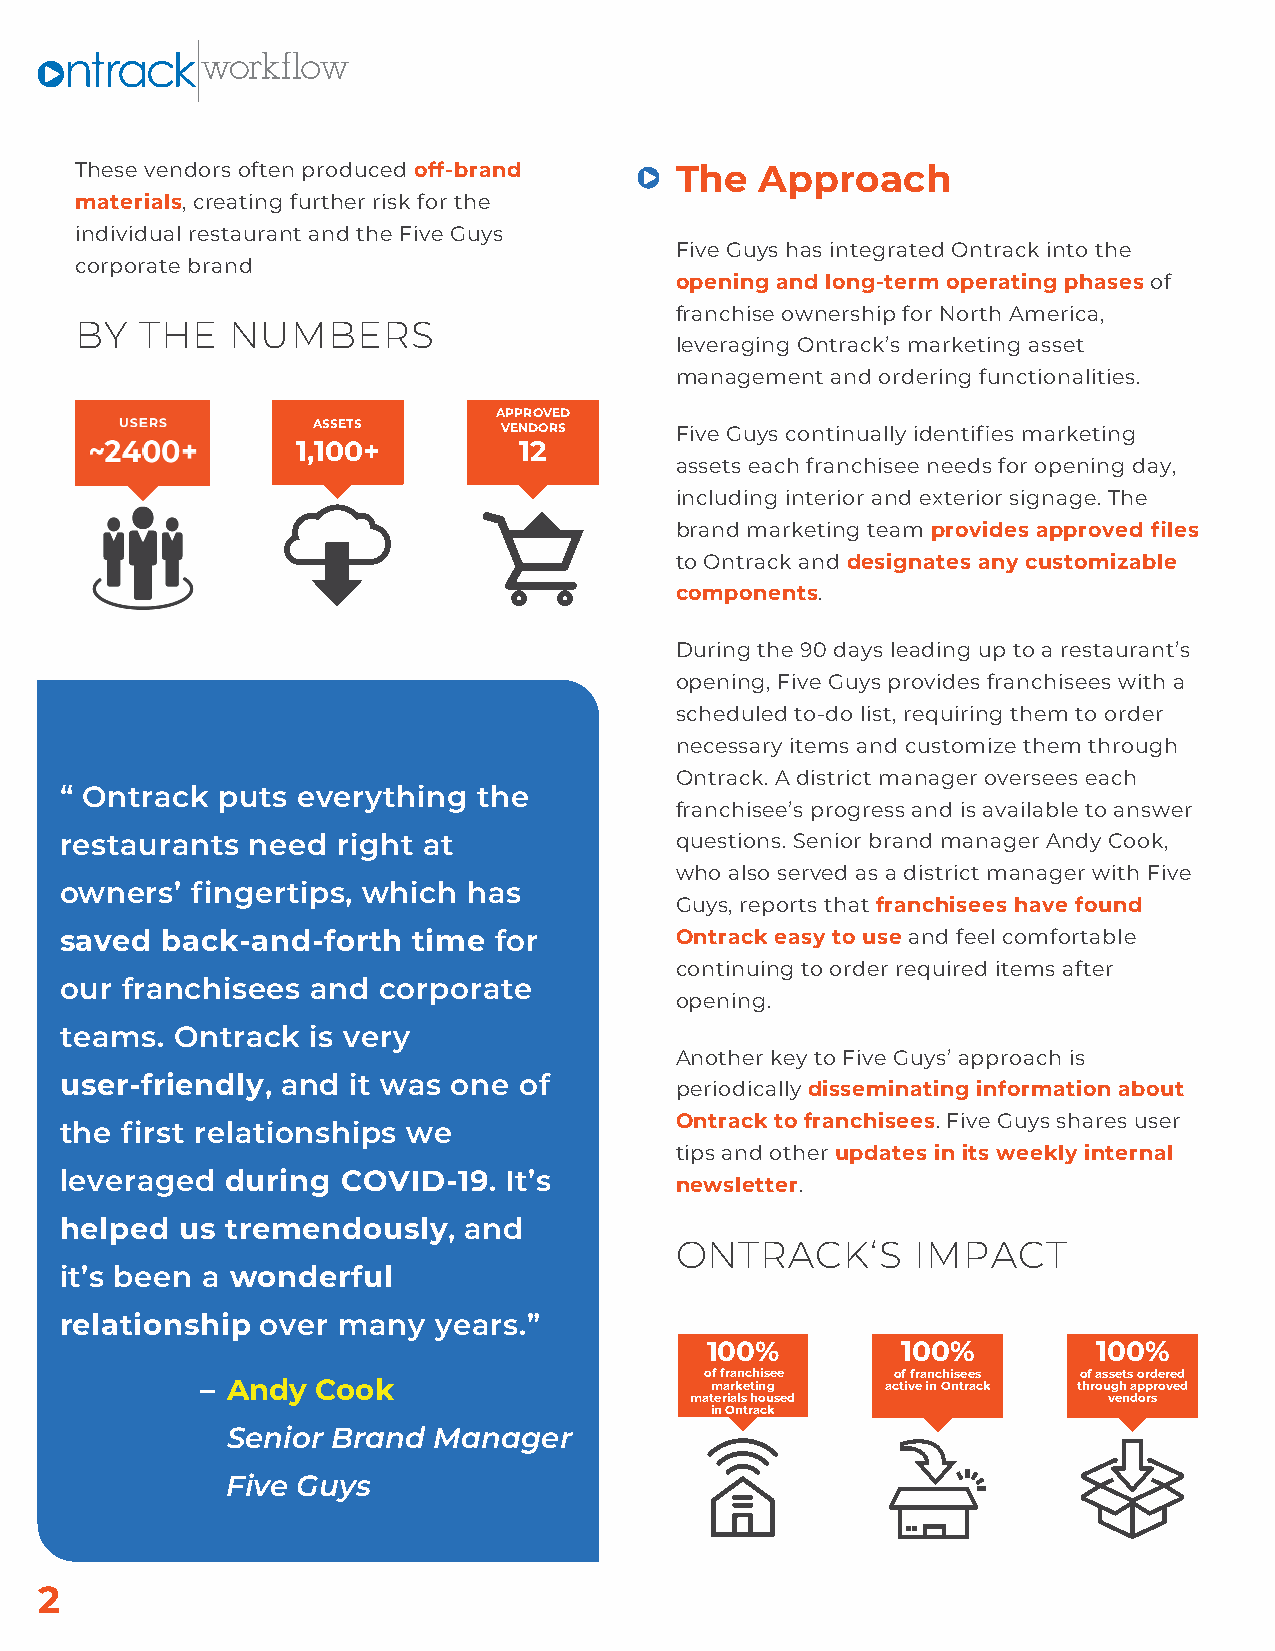
These vendors often produced off-brand  The  Approach
 materials, creating further risk for the
 individual restaurant and the Five Guys
 Five Guys has integrated Ontrack into the
 corporate brand
 opening and long-term operating phases of
 franchise ownership for North America,
 BY  THE   NUMBERS
 leveraging Ontrack’s marketing asset
 management and ordering functionalities.
 APPROVED
 ASSETS      VENDORS     Five Guys continually identifies marketing
 1,100+        12
 assets each franchisee needs for opening day,
 including interior and exterior signage. The
 brand marketing team provides approved files
 to Ontrack and designates any customizable
 components.
 During the 90 days leading up to a restaurant’s
 opening, Five Guys provides franchisees with a
 scheduled to-do list, requiring them to order
 necessary items and customize them through
 Ontrack. A district manager oversees each
 “ Ontrack puts  everything  the
 franchisee’s progress and is available to answer
 restaurants  need right at               questions. Senior brand manager Andy Cook,
 who also served as a district manager with Five
 owners’  fingertips, which has
 Guys, reports that franchisees have found
 saved  back-and-forth  time  for         Ontrack easy to use and feel comfortable
 continuing to order required items after
 our franchisees  and corporate
 opening.
 teams.  Ontrack  is very
 Another key to Five Guys’ approach is
 user-friendly, and it was one of
 periodically disseminating information about
 Ontrack to franchisees. Five Guys shares user
 the first relationships we
 tips and other updates in its weekly internal
 leveraged  during  COVID-19. It’s
 newsletter.
 helped  us tremendously,   and
 ONTRACK‘S       IMPACT
 it’s been a wonderful
 relationship over many   years.”
 100%         100%         100%
 of franchisee of franchisees of assets ordered
 – Andy  Cook                      marketing   active in Ontrack through approved
 materials housed           vendors
 in Ontrack
 Senior Brand  Manager
 Five Guys
 2